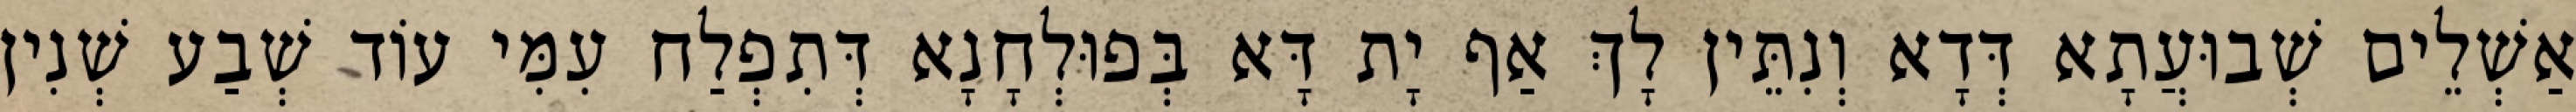
אַשְׁלֵים שְׁבוּעֲתָא דְּדָא וְנִתֵּין לָךְ אַף יָת דָּא בְּפוּלְחָנָא דְּתִפְלַח עִמִּי עוֹד שְׁבַע שְׁנִין